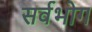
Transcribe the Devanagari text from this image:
सर्वभोग